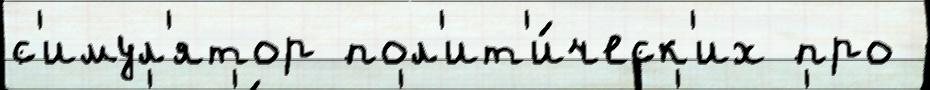
с'имул'ятор пол'ит'и́ческ'их про